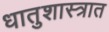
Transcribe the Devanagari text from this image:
धातुशास्त्रात